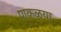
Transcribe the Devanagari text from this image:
पाकळया